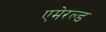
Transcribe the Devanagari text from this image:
एमेरल्ड